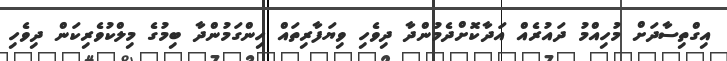
އިގްތިސާދަށް މުހިއްމު ދައުރެއް އަދާކޮށްދެމުންދާ ދިވެހި ވިޔަފާރިތައް ހިންގަމުންދާ ބިމުގެ މިލްކުވެރިކަން ދިވެހި